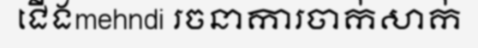
ជើងmehndi រចនាការចាក់សាក់